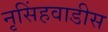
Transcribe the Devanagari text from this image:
नृसिंहवाडीस